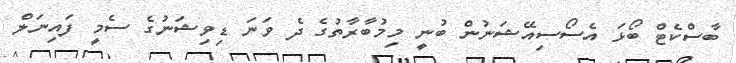
ބާސްކެޓް ބޯޅަ އެސޯސިއޭޝަނުން ބުނީ މިމުބާރާތުގެ ދެ ވަނަ ޑިވިޝަނުގެ ސެމީ ފައިނަލް